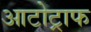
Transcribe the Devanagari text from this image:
आटोट्राफ